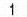
1